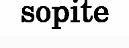
sopite